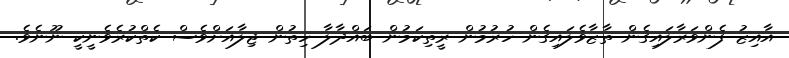
އާއިޒު ފެންވަރާލައިގެން ތާޒާވެލައިގެން ހުރުމުން ރީތިކަމުން ބައްދާލާ ހިތުން ޖިލާއަށްވެސް ކެތްކުރެވެނީކީ ނޫނެވެ.